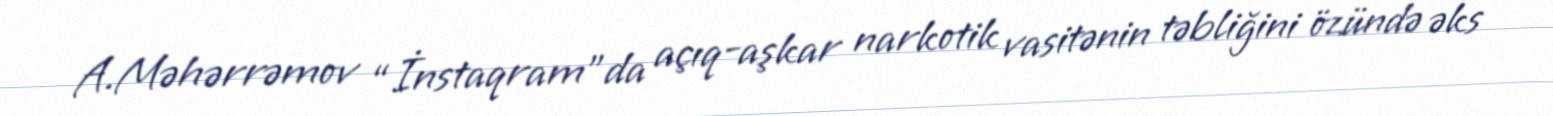
A.Məhərrəmov “İnstaqram”da açıq-aşkar narkotik vasitənin təbliğini özündə əks